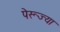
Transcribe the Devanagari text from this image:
पेरूज्या